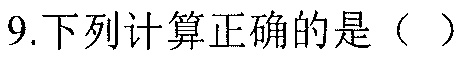
9.下列计算正确的是（  ）